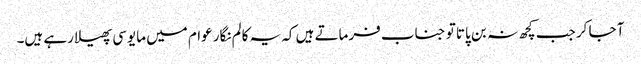
آ جا کر جب کچھ نہ بن پاتا تو جناب فرماتے ہیں کہ یہ کالم نگار عوام میں مایوسی پھیلا رہے ہیں۔